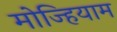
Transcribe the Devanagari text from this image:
मोज्हियाम